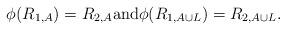
LaTeX: \begin{align*}\phi(R_{1,A})=R_{2,A} \mbox{and}\phi(R_{1,A\cup L})=R_{2,A\cup L}.\end{align*}